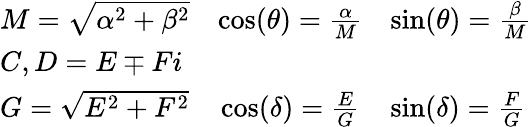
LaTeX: \begin{array}{lcl}{M={\sqrt{\alpha^{2}+\beta^{2}}}}&{\cos(\theta)={\frac{\alpha}{M}}}&{\sin(\theta)={\frac{\beta}{M}}}\\ {C,D=E\mp Fi}&{}&{}\\ {G={\sqrt{E^{2}+F^{2}}}}&{\cos(\delta)={\frac{E}{G}}}&{\sin(\delta)={\frac{F}{G}}}\end{array}